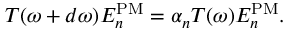
T ( \omega + d \omega ) E _ { n } ^ { \mathrm { P M } } = \alpha _ { n } T ( \omega ) E _ { n } ^ { \mathrm { P M } } .